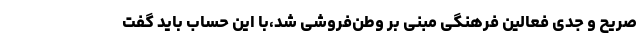
صریح و جدی فعالین فرهنگی مبنی بر وطن‌فروشی شد،با این حساب باید گفت